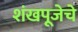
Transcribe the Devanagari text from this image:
शंखपूजेचे